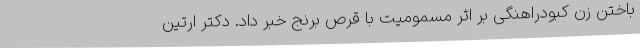
باختن زن کبودراهنگی بر اثر مسمومیت با قرص برنج خبر داد. دکتر ارتین